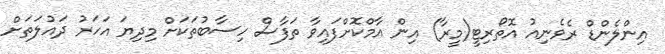
އިންލެންޑް ރެވެނިއު އޮތޯރިޓީ(މީރާ) އިން އާމްކޮށްފައިވާ ތަފާސް ހިސާބުތަކަށް މިދިޔަ އަހަރު ދައުލަތަށް